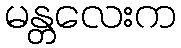
မန္တလေးက